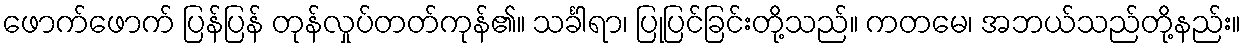
ဖောက်ဖောက် ပြန်ပြန် တုန်လှုပ်တတ်ကုန်၏။ သင်္ခါရာ၊ ပြုပြင်ခြင်းတို့သည်။ ကတမေ၊ အဘယ်သည်တို့နည်း။